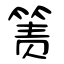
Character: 箦